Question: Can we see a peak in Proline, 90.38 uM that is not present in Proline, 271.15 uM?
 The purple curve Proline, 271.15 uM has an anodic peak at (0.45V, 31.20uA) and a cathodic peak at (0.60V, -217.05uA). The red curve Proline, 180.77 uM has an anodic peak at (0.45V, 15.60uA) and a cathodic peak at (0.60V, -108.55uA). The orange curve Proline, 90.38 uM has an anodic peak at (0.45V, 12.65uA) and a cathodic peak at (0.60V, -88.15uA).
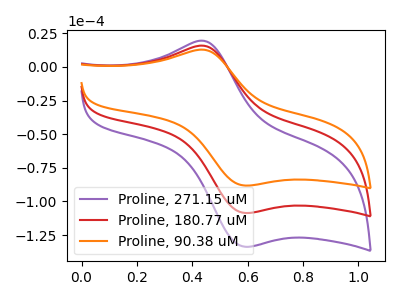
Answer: <think>All the peaks in "Proline, 90.38 uM" have a peak in "Proline, 271.15 uM" at the same potential. Every peak in "Proline, 90.38 uM" is lower than every peak in "Proline, 271.15 uM".
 </think>
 <answer>No, "Proline, 90.38 uM" and "Proline, 271.15 uM" don't appear to be significantly different in shape</answer>
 <eval>no_change</eval>